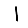
Digit: 1